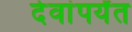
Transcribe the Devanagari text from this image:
देवांपर्यंत